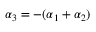
\boldsymbol { \alpha } _ { 3 } = - ( \boldsymbol { \alpha } _ { 1 } + \boldsymbol { \alpha } _ { 2 } )